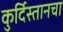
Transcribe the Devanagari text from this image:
कुर्दिस्तानचा